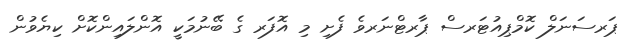
ޕަރސަނަލް ކޮމްޕިއުޓަރސް ޕާރޓްނަރވެ ފެށި މި އޮފަރ ގެ ބޭނުމަކީ އޮންލައިންކޮށް ކިޔެވުން